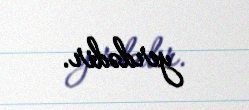
yerdədir.